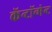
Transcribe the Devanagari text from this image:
कॅन्टॉन्मेन्ट